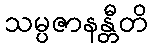
သမ္ပဇာနန္တီတိ